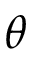
\theta